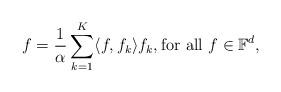
LaTeX: \begin{align*}f=\frac{1}{\alpha}\sum_{k=1}^{K}\langle f,f_{k}\rangle f_{k}, \text{for all $f \in \mathbb{F}^{d}$,}\end{align*}